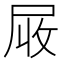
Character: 𡱙